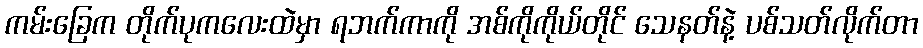
ကမ်းခြေက တိုက်ပုကလေးထဲမှာ ရဘက်ကာကို အစ်ကိုကိုယ်တိုင် သေနတ်နဲ့ ပစ်သတ်လိုက်တာ